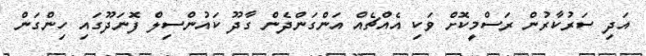
އަދި ސަރުކާރުން ރަސްމީކޮށް ވަކި އެއްޗެއް އަންގަންދެން ގާދޫ ކައުންސިލް ފޮނަދޫގައި ހިންގަން